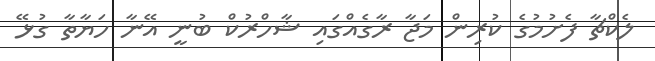
ލެކްޗާ ފެށުމުގެ ކުރިން މަޖާ ރާގެއްގައި ޝާހްރުކް ބުނީ އޭނާ ހަޔާތާ ގުޅޭ